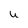
Character: U